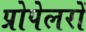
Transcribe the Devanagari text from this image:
प्रोपेलरों